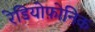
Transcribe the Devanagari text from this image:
रेडियोफ़ोनिक